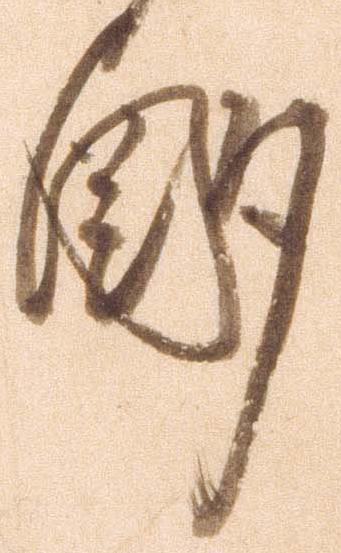
酌